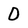
Character: 0